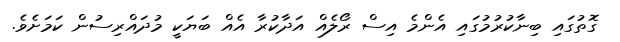
ގޮތުގައި ބިނާކުރުމުގައި އެންމެ އިސް ރޯލެއް އަދާކުރާ އެއް ބަޔަކީ މުދައްރިސުން ކަމަށެވެ.